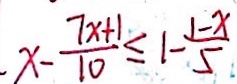
x - \frac { 7 x + 1 } { 1 0 } \leq 1 - \frac { 1 - x } { 5 }